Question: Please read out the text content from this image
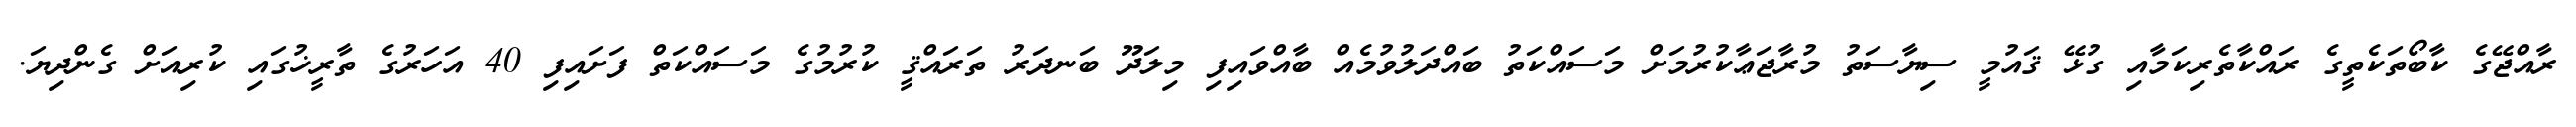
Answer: ރާއްޖޭގެ ކާބޯތަކެތީގެ ރައްކާތެރިކަމާއި ގުޅޭ ޤައުމީ ސިޔާސަތު މުރާޖަޢާކުރުމަށް މަސައްކަތު ބައްދަލުވުމެއް ބާއްވައިފި މިލަދޫ ބަނދަރު ތަރައްޤީ ކުރުމުގެ މަސައްކަތް ފަށައިފި 40 އަހަރުގެ ތާރީޚުގައި ކުރިއަށް ގެންދިޔަ.